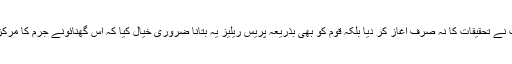
اس کالم کو بنیاد بنا کر نیب نے تحقیقات کا نہ صرف آغاز کر دیا بلکہ قوم کو بھی بذریعہ پریس ریلیز یہ بتانا ضروری خیال کیا کہ اس گھنائونے جرم کا مرکزی کردار نواز شریف ہے۔